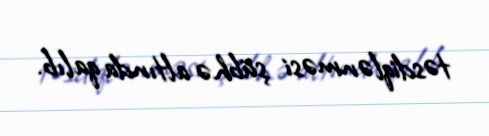
təsdiqlənməsi şübhə altında qalıb.